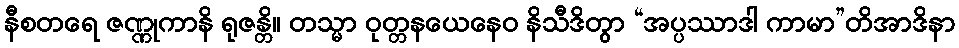
နီစတရေ ဇဏ္ဏုကာနိ ရုဇန္တိ။ တသ္မာ ဝုတ္တနယေနေဝ နိသီဒိတွာ “အပ္ပဿာဒါ ကာမာ”တိအာဒိနာ